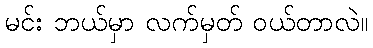
မင်း ဘယ်မှာ လက်မှတ် ဝယ်တာလဲ။